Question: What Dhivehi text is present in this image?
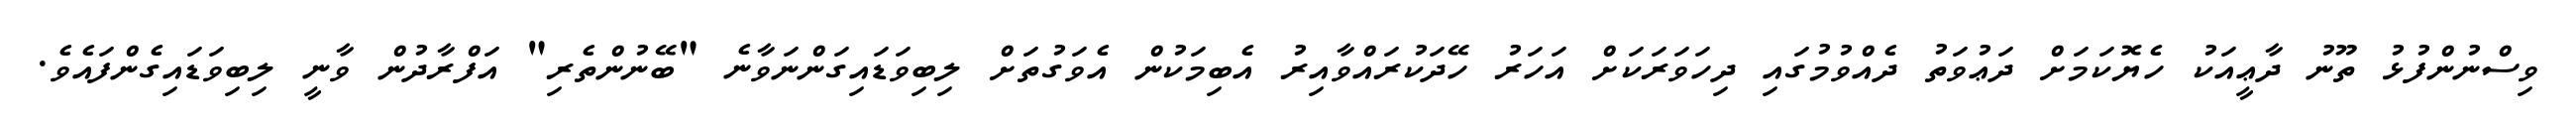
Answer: ވިސްނުންފުޅު ތޫނު ދާޢީއަކު ހެޔޮކަމަށް ދަޢުވަތު ދެއްވުމުގައި ދިހަވަރަކަށް އަހަރު ހޭދަކުރައްވާއިރު އެބިމަކުން އެވަގުތަށް ލިބިވަޑައިގަންނަވާނެ "ބޭނުންތެރި" އަފްރާދުން ވާނީ ލިބިވަޑައިގެންފައެވެ.